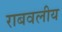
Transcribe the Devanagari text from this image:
राबवलीय